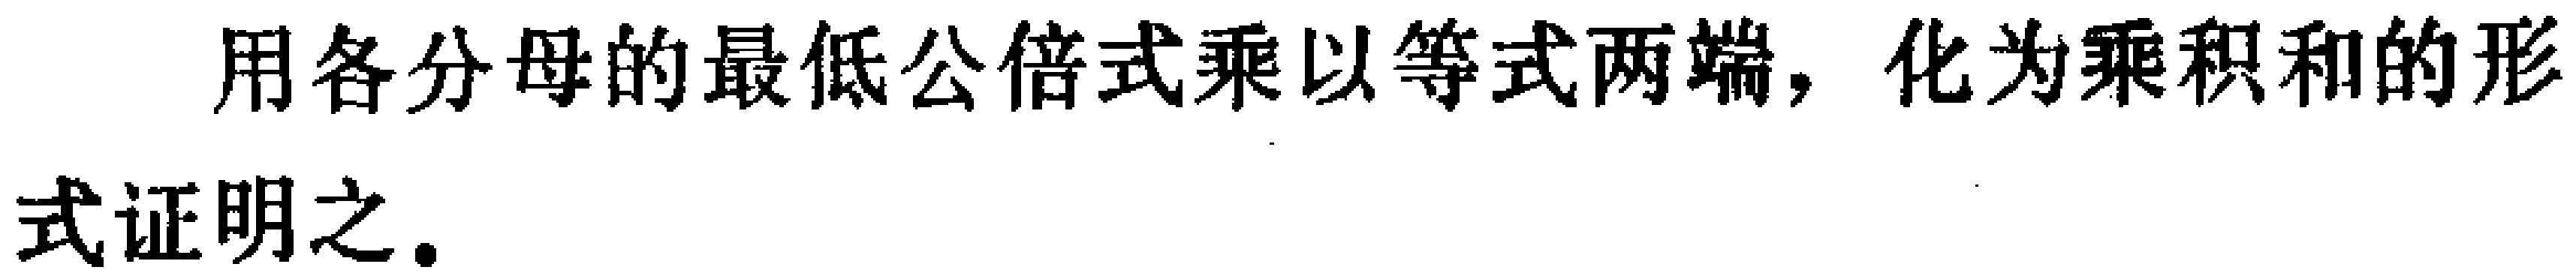
用各分母的最低公倍式乘以等式两端，化为乘积和的形式证明之。